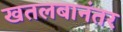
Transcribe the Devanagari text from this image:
खतलबानंतर